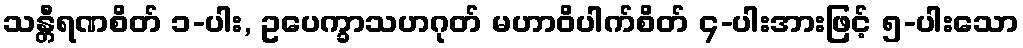
သန္တီရဏစိတ် ၁-ပါး, ဥပေက္ခာသဟဂုတ် မဟာဝိပါက်စိတ် ၄-ပါးအားဖြင့် ၅-ပါးသော